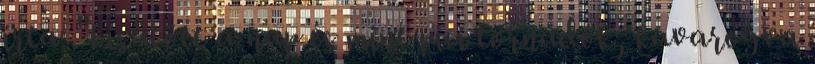
írta: "kisütött a nap és mint pici tornádók, kavarogva